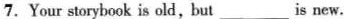
7. Your storybook is old,but ___ is new.